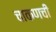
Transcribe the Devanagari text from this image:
चाकणची